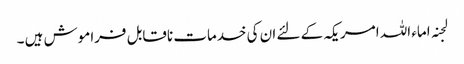
لجنہ اماء اللہ امریکہ کے لئے ان کی خدمات ناقابل فراموش ہیں ۔